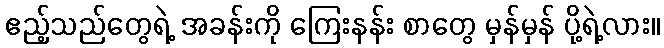
ဧည့်သည်တွေရဲ့ အခန်းကို ကြေးနန်း စာတွေ မှန်မှန် ပို့ရဲ့လား။